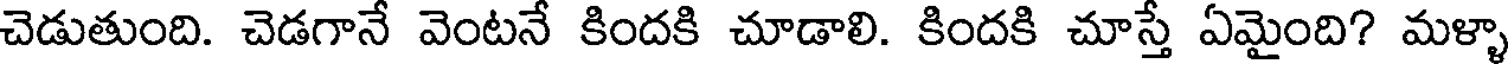
చెడుతుంది. చెడగానే వెంటనే కిందకి చూడాలి. కిందకి చూస్తే ఏమైంది? మళ్ళా